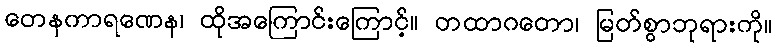
တေနကာရဏေန၊ ထိုအကြောင်းကြောင့်။ တထာဂတော၊ မြတ်စွာဘုရားကို။